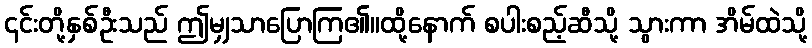
၎င်းတို့နှစ်ဦးသည် ဤမျှသာပြောကြ၏။ထို့နောက် စပါးစည့်ဆီသို့ သွားကာ အိမ်ထဲသို့